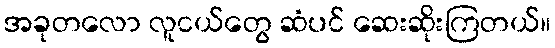
အခုတလော လူငယ်တွေ ဆံပင် ဆေးဆိုးကြတယ်။